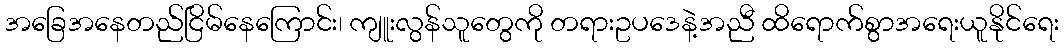
အခြေအနေတည်ငြိမ်နေကြောင်း၊ ကျူးလွန်သူတွေကို တရားဥပဒေနဲ့အညီ ထိရောက်စွာအရေးယူနိုင်ရေး